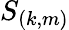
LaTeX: S_{(k,m)}